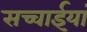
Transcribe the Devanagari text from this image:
सच्चाईयां